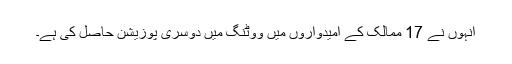
اُنہوں نے 17 ممالک کے اُمیدواروں میں ووٹنگ میں دوسری پوزیشن حاصل کی ہے۔